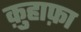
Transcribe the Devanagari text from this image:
क़ुहाफ़ा